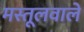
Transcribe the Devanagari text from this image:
मस्तूलवाले